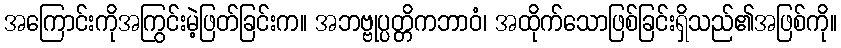
အကြောင်းကိုအကြွင်းမဲ့ဖြတ်ခြင်းက။ အဘဗ္ဗုပ္ပတ္တိကဘာဝံ၊ အထိုက်သောဖြစ်ခြင်းရှိသည်၏အဖြစ်ကို။